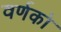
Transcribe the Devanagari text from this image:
वर्णको